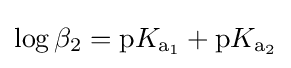
\log \beta _{2}=\mathrm {p} K_{{\ce {a1}}}+\mathrm {p} K_{{\ce {a2}}}